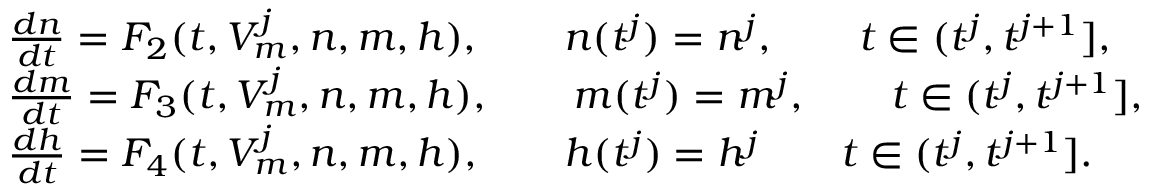
\begin{array} { r l } & { \frac { d n } { d t } = F _ { 2 } ( t , V _ { m } ^ { j } , n , m , h ) , \qquad n ( t ^ { j } ) = n ^ { j } , \qquad t \in ( t ^ { j } , t ^ { j + 1 } ] , } \\ & { \frac { d m } { d t } = F _ { 3 } ( t , V _ { m } ^ { j } , n , m , h ) , \qquad m ( t ^ { j } ) = m ^ { j } , \qquad t \in ( t ^ { j } , t ^ { j + 1 } ] , } \\ & { \frac { d h } { d t } = F _ { 4 } ( t , V _ { m } ^ { j } , n , m , h ) , \qquad h ( t ^ { j } ) = h ^ { j } \qquad t \in ( t ^ { j } , t ^ { j + 1 } ] . } \end{array}